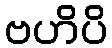
ဗဟိပိ